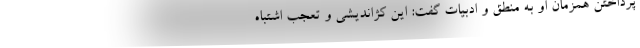
پرداختن همزمان او به منطق و ادبیات گفت: این کژاندیشی و تعجب اشتباه